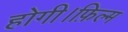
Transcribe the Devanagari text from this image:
होगी।फ़िल्म